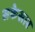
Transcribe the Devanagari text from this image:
सकेसार